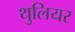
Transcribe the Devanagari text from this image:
थुलियर